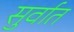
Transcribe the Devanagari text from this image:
सुर्वात